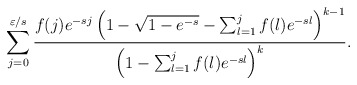
\begin{align*}\sum_{j=0}^{\varepsilon/s} \frac{ f(j) e^{-sj} \left(1-\sqrt{1-e^{-s}}-\sum_{l=1}^j f(l) e^{-sl}\right)^{k-1}}{\left(1-\sum_{l=1}^j f(l) e^{-sl}\right)^k}.\end{align*}